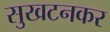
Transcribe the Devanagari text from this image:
सुखटनकर